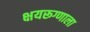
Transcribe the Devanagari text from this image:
क्षयरूग्णाला